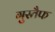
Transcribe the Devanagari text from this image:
गुस्तैफ